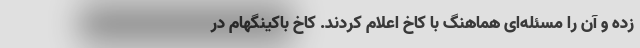
زده‌ و آن را مسئله‌ای هماهنگ با کاخ اعلام کردند. کاخ باکینگهام در